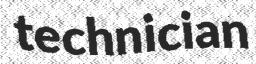
technician